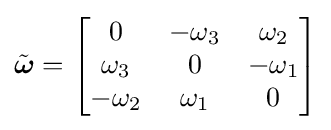
{\tilde {\boldsymbol {\omega }}}={\begin{bmatrix}0&-\omega _{3}&\omega _{2}\\\omega _{3}&0&-\omega _{1}\\-\omega _{2}&\omega _{1}&0\end{bmatrix}}